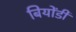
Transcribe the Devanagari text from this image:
बियोंडी